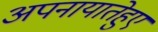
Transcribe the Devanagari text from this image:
अपनायातेहुए